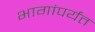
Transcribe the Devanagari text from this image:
भागांपर्यंत